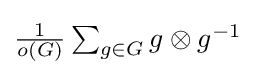
{\textstyle {\frac {1}{o(G)}}\sum _{g\in G}g\otimes g^{-1}}